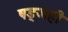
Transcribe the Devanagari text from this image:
षड्जही